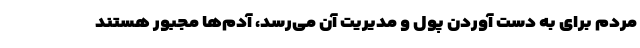
مردم برای به دست آوردن پول و مدیریت آن می‌رسد، آدم‌ها مجبور هستند